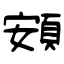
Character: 頞